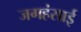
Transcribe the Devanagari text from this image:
जगहंसाई